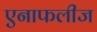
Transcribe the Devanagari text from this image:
एनाफलीज